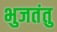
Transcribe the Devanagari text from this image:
भुजतंतु